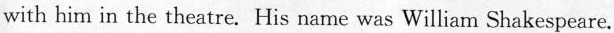
with him in the theatre. His name was William Shakespeare.